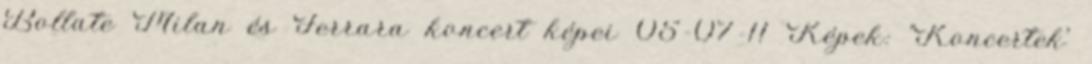
Bollate Milan és Ferrara koncert képei 05-07-11 Képek: 'Koncertek'